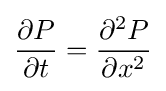
{\frac {\partial P}{\partial t}}={\frac {\partial ^{2}P}{\partial x^{2}}}